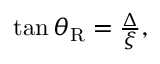
\begin{array} { r } { \tan \theta _ { \mathrm { R } } = \frac { \Delta } { \xi } , } \end{array}